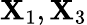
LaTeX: \mathbf{X}_{1},\mathbf{X}_{3}